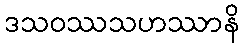
ဒသဝဿသဟဿာနိ